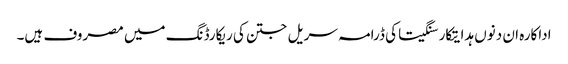
اداکارہ ان دنوں ہدایتکار سنگیتا کی ڈرامہ سریل جتن کی ریکارڈنگ میں مصروف ہیں۔